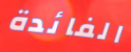
الفائدة